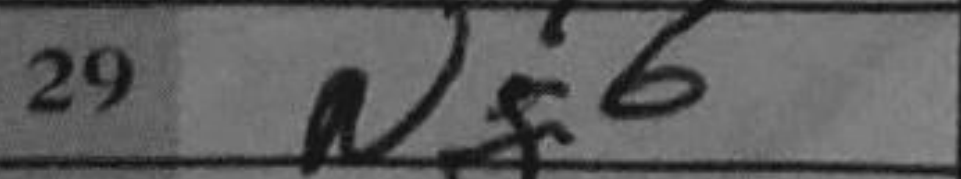
Transcription: Ng6